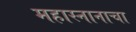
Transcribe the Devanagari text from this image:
महास्नानाचा